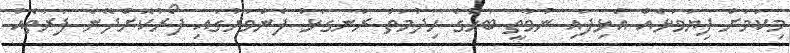
މިކަމަށް ފިޔަވަޅެއް އެޅިފައި ނުވާތީ ބަހުގެ ހިދުމަތް ރަނގަޅު ފެންވަރުގައި ފޯރުކޮށްދޭނެ ފަރާތެއް